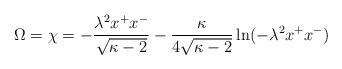
LaTeX: \begin{align*}\Omega=\chi=-\frac{\lambda^{2}x^{+}x^{-}}{\sqrt{\kappa-2}}-\frac{\kappa}{4\sqrt{\kappa-2}}\ln(-\lambda^{2}x^{+}x^{-})\end{align*}